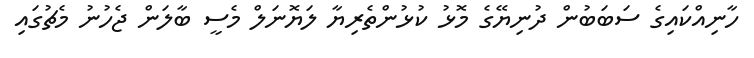
ހާނިއްކައިގެ ސަބަބުން ދުނިޔޭގެ މޮޅު ކުޅުންތެރިޔާ ލަޔޮނަލް މެސީ ބާލަން ޖެހުނު މެޗުގައި